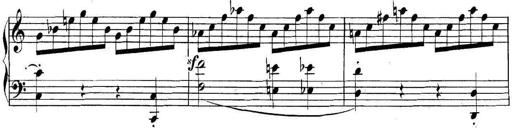
Title: Collected Piano Sonatas
Composer: Muzio Clementi